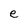
Character: e